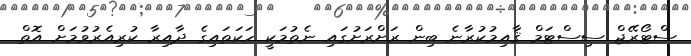
ސްޓޯރޭޖް ސިސްޓަމް ޤާއިމުކުރާނެ ބިން ރަށްރަށުގައި ނެތުމަކީ ހަކަތައިގެ ދާއިރާ ކުރިއެރުވުމަށް އޮތް